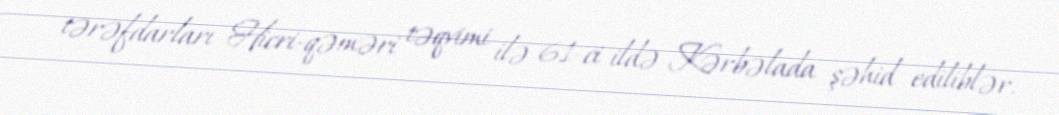
tərəfdarları Hicri-qəməri təqvimi ilə 61-ci ildə Kərbəlada şəhid ediliblər.